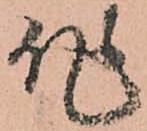
作